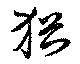
猶